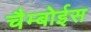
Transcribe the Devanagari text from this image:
चैम्बोईस